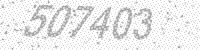
Solution: 507403